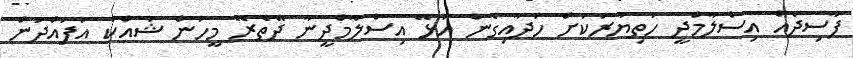
ފާސިދެއް އިސްލާމްދީ ހަތިޔާރަކަށް ހަދާއިގެން އުޅޭ އިސްލާމްދީނާ ދޭތެރޭ މީހުން ޝައްކު އުފައްދަން